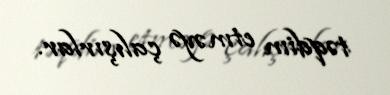
təqdim etməyə çalışırlar.